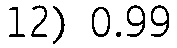
12) 0.99